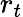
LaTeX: r_{t}